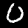
Digit: 0